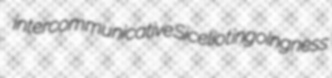
intercommunicative Siceliot ingoingness